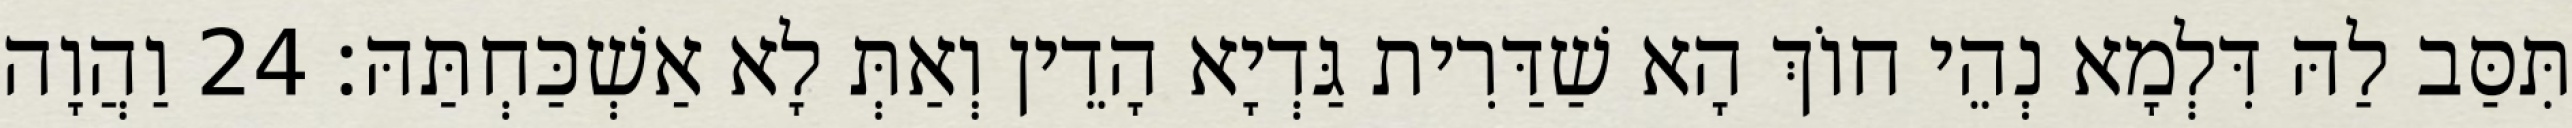
תִּסַּב לַהּ דִּלְמָא נְהֵי חוֹךְ הָא שַׁדַּרִית גַּדְיָא הָדֵין וְאַתְּ לָא אַשְׁכַּחְתַּהּ׃ 24 וַהֲוָה